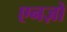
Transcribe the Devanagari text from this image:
एनज़ो